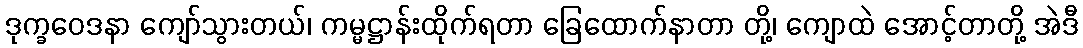
ဒုက္ခဝေဒနာ ကျော်သွားတယ်၊ ကမ္မဋ္ဌာန်းထိုက်ရတာ ခြေထောက်နာတာ တို့၊ ကျောထဲ အောင့်တာတို့ အဲဒီ